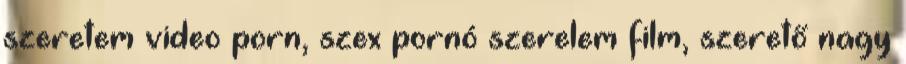
szeretem video porn, szex pornó szerelem film, szerető nagy